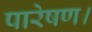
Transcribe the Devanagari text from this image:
पारेषण।